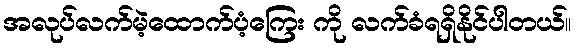
အလုပ်လက်မဲ့ထောက်ပံ့ကြေး ကို လက်ခံရရှိနိုင်ပါတယ်။